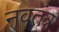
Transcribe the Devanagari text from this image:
नवतंत्र